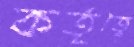
কর্তৃত্বে